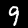
Digit: 9